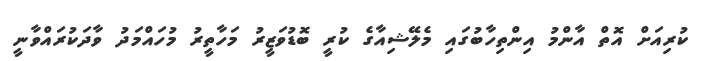
ކުރިއަށް އޮތް އާންމު އިންތިހާބުގައި މެލޭޝިއާގެ ކުރީ ބޮޑުވަޒީރު މަހާތީރު މުހައްމަދު ވާދަކުރައްވާނީ